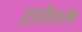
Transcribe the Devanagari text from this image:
ऱ्होडस